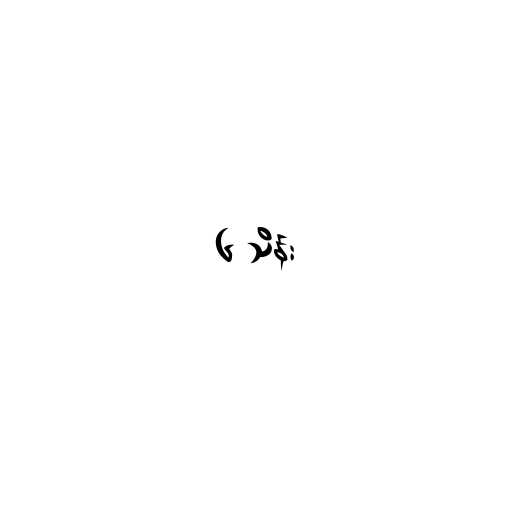
၆ သိန်း